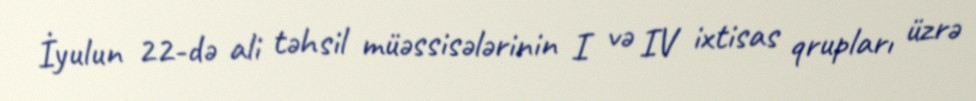
İyulun 22-də ali təhsil müəssisələrinin I və IV ixtisas qrupları üzrə